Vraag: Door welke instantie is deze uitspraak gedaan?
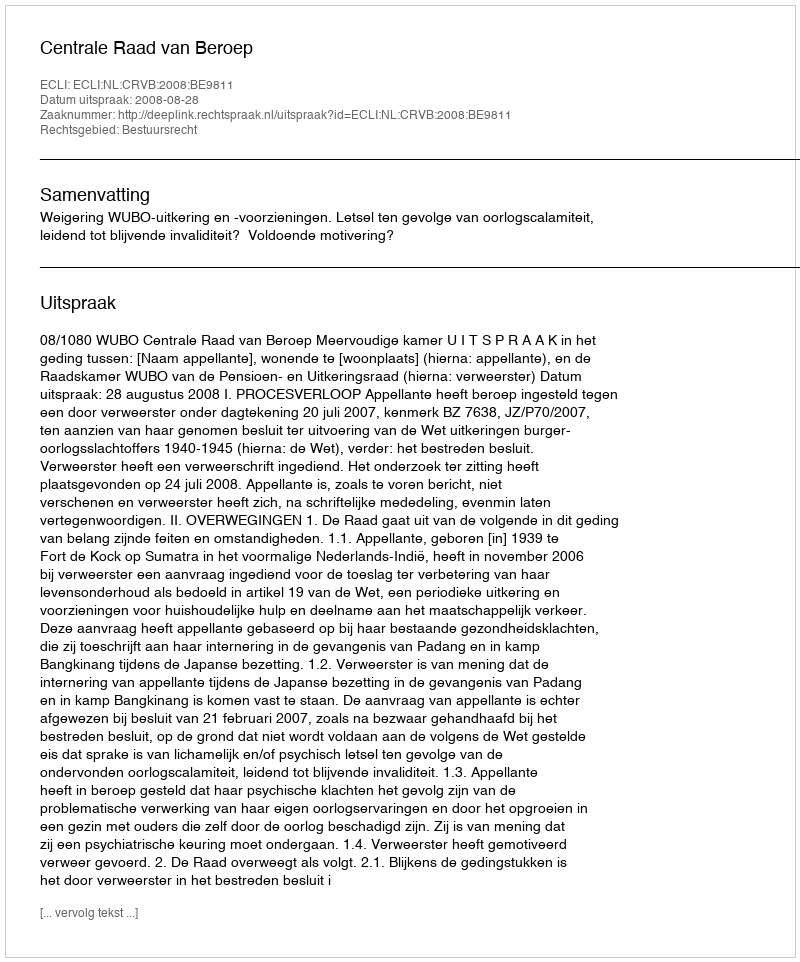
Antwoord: Centrale Raad van Beroep